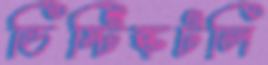
ডিস্টিঙ্কটলি